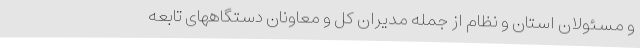
و مسئولان استان و نظام از جمله مدیران کل و معاونان دستگاههای تابعه